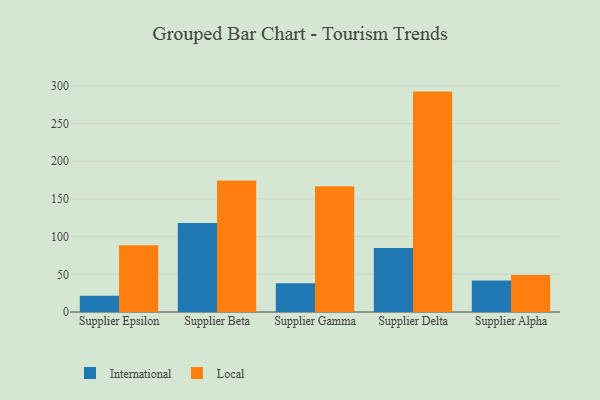
{"axis": {"x": "Supplier", "y": "Shipments"}, "legend": ["International", "Local"], "data": [{"x": "Supplier Epsilon", "y": 21.6, "type": "International"}, {"x": "Supplier Epsilon", "y": 88.7, "type": "Local"}, {"x": "Supplier Beta", "y": 118.1, "type": "International"}, {"x": "Supplier Beta", "y": 174.3, "type": "Local"}, {"x": "Supplier Gamma", "y": 38.0, "type": "International"}, {"x": "Supplier Gamma", "y": 166.7, "type": "Local"}, {"x": "Supplier Delta", "y": 84.8, "type": "International"}, {"x": "Supplier Delta", "y": 292.4, "type": "Local"}, {"x": "Supplier Alpha", "y": 41.7, "type": "International"}, {"x": "Supplier Alpha", "y": 49.1, "type": "Local"}]}